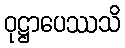
ဝုဋ္ဌာပေဿသိ